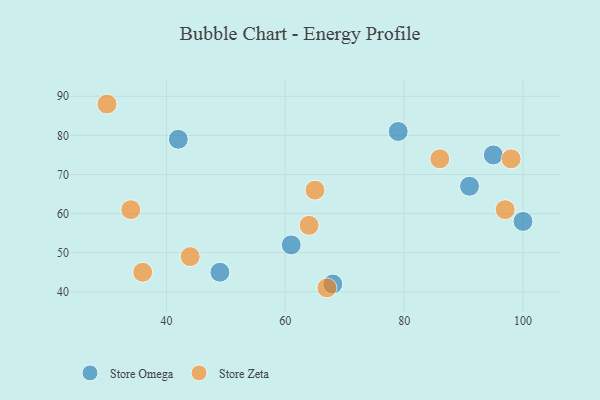
{"axis": {"x": "GDP", "y": "Life Expectancy"}, "legend": ["Store Omega", "Store Zeta"], "data": [{"x": "61", "y": 52, "type": "Store Omega"}, {"x": "68", "y": 42, "type": "Store Omega"}, {"x": "100", "y": 58, "type": "Store Omega"}, {"x": "49", "y": 45, "type": "Store Omega"}, {"x": "42", "y": 79, "type": "Store Omega"}, {"x": "91", "y": 67, "type": "Store Omega"}, {"x": "79", "y": 81, "type": "Store Omega"}, {"x": "95", "y": 75, "type": "Store Omega"}, {"x": "98", "y": 74, "type": "Store Zeta"}, {"x": "97", "y": 61, "type": "Store Zeta"}, {"x": "44", "y": 49, "type": "Store Zeta"}, {"x": "30", "y": 88, "type": "Store Zeta"}, {"x": "86", "y": 74, "type": "Store Zeta"}, {"x": "36", "y": 45, "type": "Store Zeta"}, {"x": "64", "y": 57, "type": "Store Zeta"}, {"x": "67", "y": 41, "type": "Store Zeta"}, {"x": "34", "y": 61, "type": "Store Zeta"}, {"x": "65", "y": 66, "type": "Store Zeta"}]}